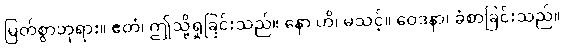
မြတ်စွာဘုရား။ ဧတံ၊ ဤသို့ရှုခြင်းသည်။ နော ဟိ၊ မသင့်။ ဝေဒနာ၊ ခံစာခြင်းသည်။